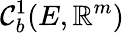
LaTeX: \mathcal{C}_{b}^{1}(E,\mathbb{R}^{m})